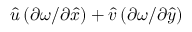
\hat { u } \left( \partial \omega / \partial \hat { x } \right) + \hat { v } \left( \partial \omega / \partial \hat { y } \right)